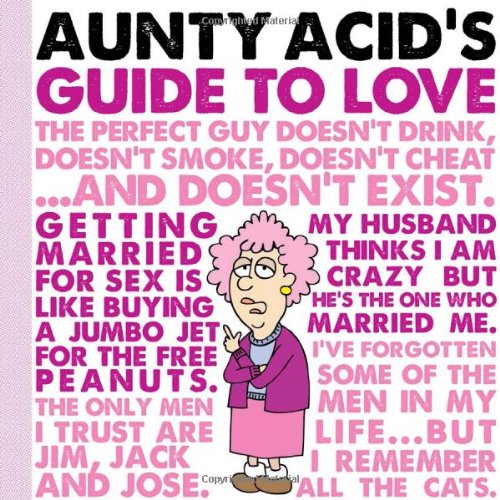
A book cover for Aunty Acid's Guide to Love; Ged Backland; Humor & Entertainment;